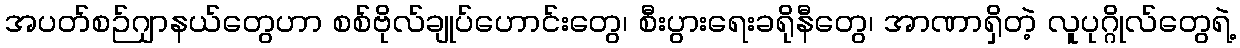
အပတ်စဉ်ဂျာနယ်တွေဟာ စစ်ဗိုလ်ချုပ်ဟောင်းတွေ၊ စီးပွားရေးခရိုနီတွေ၊ အာဏာရှိတဲ့ လူပုဂ္ဂိုလ်တွေရဲ့